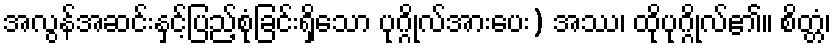
အလွန်အဆင်းနှင့်ပြည့်စုံခြင်းရှိသော ပုဂ္ဂိုလ်အားပေး) အဿ၊ ထိုပုဂ္ဂိုလ်၏။ စိတ္တံ၊